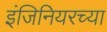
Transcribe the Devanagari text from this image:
इंजिनियरच्या